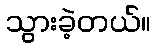
သွားခဲ့တယ်။